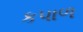
કપાળ